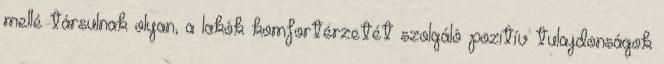
mellé társulnak olyan, a lakók komfortérzetét szolgáló pozitív tulajdonságok